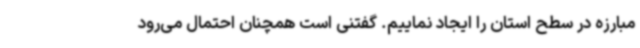
مبارزه در سطح استان را ایجاد نماییم. گفتنی است همچنان احتمال می‌رود